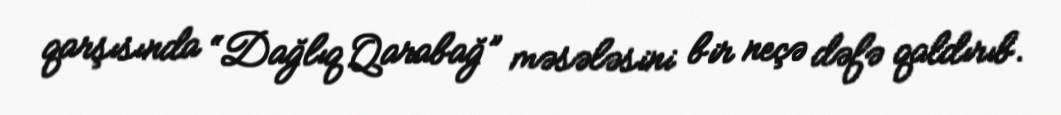
qarşısında “Dağlıq Qarabağ” məsələsini bir neçə dəfə qaldırıb.